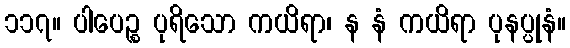
၁၁၇။ ပါပေဉ္စ ပုရိသော ကယိရာ၊ န နံ ကယိရာ ပုနပ္ပုနံ။